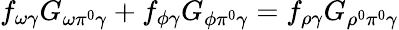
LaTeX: f_{\omega\gamma}G_{\omega\pi^{0}\gamma}+f_{\phi\gamma}G_{\phi\pi^{0}\gamma}=f_{\rho\gamma}G_{\rho^{0}\pi^{0}\gamma}